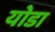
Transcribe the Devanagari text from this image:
योडा